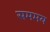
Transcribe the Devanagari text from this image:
सममय